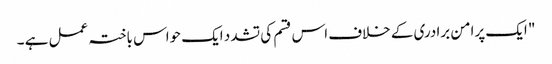
" ایک پرامن برادری کے خلاف اس قسم کی تشدد ایک حواس باختہ عمل ہے ۔